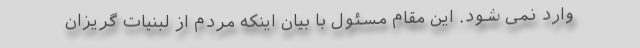
وارد نمی شود. این مقام مسئول با بیان اینکه مردم از لبنیات گریزان